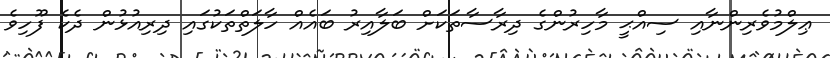
ޢިލްމުވެރިންނާއި ސިއްޙީ މާހިރުންގެ ދިރާސާތަކަށް ބަލާއިރު ބައެއް ހާލަތްތަކުގައި ދިރިއުޅުން ދެކެ ފޫހިވެ